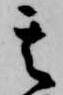
其